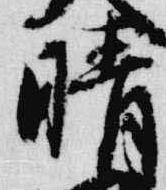
晴